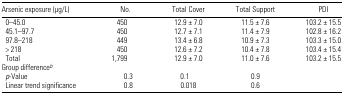
<table><thead><tr><td><b>Arsenic exposure (μg/L)</b></td><td><b>No.</b></td><td><b>Total Cover</b></td><td><b>Total Support</b></td><td><b>PDI</b></td></tr></thead><tbody><tr><td> 0–45.0</td><td>450</td><td>12.9 ± 7.0</td><td>11.5 ± 7.6</td><td>103.2 ± 15.5</td></tr><tr><td> 45.1–97.7</td><td>450</td><td>12.7 ± 7.1</td><td>11.4 ± 7.9</td><td>102.8 ± 16.2</td></tr><tr><td> 97.8–218</td><td>449</td><td>13.4 ± 6.8</td><td>10.9 ± 7.3</td><td>103.3 ± 15.0</td></tr><tr><td> &gt; 218</td><td>450</td><td>12.6 ± 7.2</td><td>10.4 ± 7.8</td><td>103.4 ± 15.4</td></tr><tr><td> Total</td><td>1,799</td><td>12.9 ± 7.0</td><td>11.0 ± 7.6</td><td>103.2 ± 15.5</td></tr><tr><td colspan="5">Group differenceb</td></tr><tr><td> <i>p</i>-Value</td><td>0.3</td><td>0.1</td><td>0.9</td><td></td></tr><tr><td> Linear trend significance</td><td>0.8</td><td>0.018</td><td>0.6</td><td></td></tr></tbody></table>